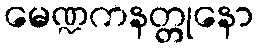
မေဏ္ဍကနတ္တုနော